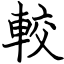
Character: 較